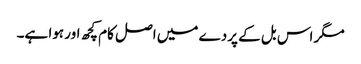
مگر اس بل کے پردے میں اصل کام کچھ اور ہوا ہے۔